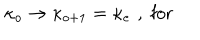
\kappa _ { o } \rightarrow \kappa _ { o + 1 } = \kappa _ { e } \, \, , \; \mathrm { f o r ~ }